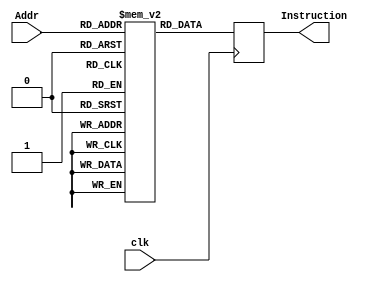
/*
Eduardo Augusto Ribeiro Duenas - 2017011086 - Turma 2
Jackson Galdino Da Silveira    - 2018010136 - Turma 1
Jean Tan Li                    - 2018000069 - Turma 1
*/

module instructionmemory(
	input clk,
	input [9:0] Addr,
	output reg [31:0] Instruction
);

	reg [31:0] mem[0:1023];
	
	initial begin
		//         |6' num |5' rs|5' rt|   16' offset      |
		mem[0] = 32'b010000_01111_00000_0000_0000_0000_0000;	//"NOP"
		mem[1] = 32'b010000_01111_00000_0100_1011_0000_0010;	//Load A no reg0 - 00000
		mem[2] = 32'b010000_01111_00001_0100_1011_0000_0011;	//Load B no reg1 - 00001 
		mem[3] = 32'b010000_01111_00010_0100_1011_0000_0100;	//Load C no reg2 - 00010
		mem[4] = 32'b010000_01111_00011_0100_1011_0000_0101;	//Load D no reg3 - 00011
					//|6' num |5' rs|5' rt|5' rd|5' 10|6' code|
		mem[5] = 32'b001111_00000_00001_00100_01010_110010;	//Mult reg0 e reg1 e salva no reg4 
		mem[6] = 32'b001111_00010_00011_00101_01010_100000;	//Add  reg2 e reg3 e salva no reg5
		mem[7] = 32'b001111_00100_00101_00110_01010_100010;	//Sub  reg4 e reg5 e salva no reg6
					//|6' num |5' rs|5' rt|   16' offset      |
		mem[8] = 32'b010001_01111_00110_0100_1110_1111_1111;	//Store reg6 no Addr Hx4EFF	
		
		//corrigindo o pipeline hazzard
		
					//|6' num |5' rs|5' rt|   16' offset      |
		mem[9]  = 32'b010000_01111_00000_0000_0000_0000_0000;	//"NOP"
		mem[10] = 32'b010000_01111_00000_0100_1011_0000_0010;	//Load A no reg0 - 00000
		mem[11] = 32'b010000_01111_00001_0100_1011_0000_0011;	//Load B no reg1 - 00001 
		mem[12] = 32'b010000_01111_00010_0100_1011_0000_0100;	//Load C no reg2 - 00010
		mem[13] = 32'b010000_01111_00011_0100_1011_0000_0101;	//Load D no reg3 - 00011
		mem[14] = 32'b010000_01111_00000_0000_0000_0000_0000;	//"NOP"
		mem[15] = 32'b010000_01111_00000_0000_0000_0000_0000;	//"NOP"
					//|6' num |5' rs|5' rt|5' rd|5' 10|6' code|
		mem[16] = 32'b001111_00000_00001_00100_01010_110010;	//Mult reg0 e reg1 e salva no reg4 
		mem[17] = 32'b001111_00010_00011_00101_01010_100000;	//Add  reg2 e reg3 e salva no reg5
					//|6' num |5' rs|5' rt|   16' offset      |
		mem[18] = 32'b010000_01111_00000_0000_0000_0000_0000;	//"NOP"
		mem[19] = 32'b010000_01111_00000_0000_0000_0000_0000;	//"NOP"
		mem[20] = 32'b010000_01111_00000_0000_0000_0000_0000;	//"NOP"
					//|6' num |5' rs|5' rt|5' rd|5' 10|6' code|
		mem[21] = 32'b001111_00100_00101_00110_01010_100010;	//Sub  reg4 e reg5 e salva no reg6
					//|6' num |5' rs|5' rt|   16' offset      |
		mem[22] = 32'b010000_01111_00000_0000_0000_0000_0000;	//"NOP"
		mem[23] = 32'b010000_01111_00000_0000_0000_0000_0000;	//"NOP"
		mem[24] = 32'b010000_01111_00000_0000_0000_0000_0000;	//"NOP"
		mem[25] = 32'b010001_01111_00110_0100_1110_1111_1111;	//Store reg6 no Addr Hx4EFF	
		//end
		
	
	end
	
	always @(posedge clk) Instruction <= mem[Addr];


endmodule